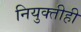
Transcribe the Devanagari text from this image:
नियुक्तीही